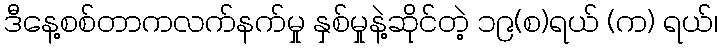
ဒီနေ့စစ်တာကလက်နက်မှု နှစ်မှုနဲ့ဆိုင်တဲ့ ၁၉(စ)ရယ် (က) ရယ်၊